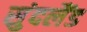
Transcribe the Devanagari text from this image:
सुंदलैंड